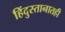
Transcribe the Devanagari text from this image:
हिंदुस्तानातही